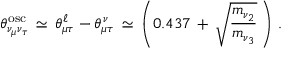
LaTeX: \theta _ { \nu _ { \mu } \nu _ { \tau } } ^ { \mathrm { o s c } } \, \simeq \, \theta _ { \mu \tau } ^ { \ell } - \theta _ { \mu \tau } ^ { \nu } \, \simeq \, \left( 0 . 4 3 7 \, + \, \sqrt { \frac { m _ { \nu _ { 2 } } } { m _ { \nu _ { 3 } } } } \, \right) \, .